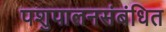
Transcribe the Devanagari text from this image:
पशुपालनसंबंधित